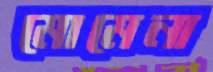
মোমেনা